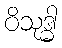
ဝိသုဒ္ဓါ